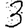
Digit: 3